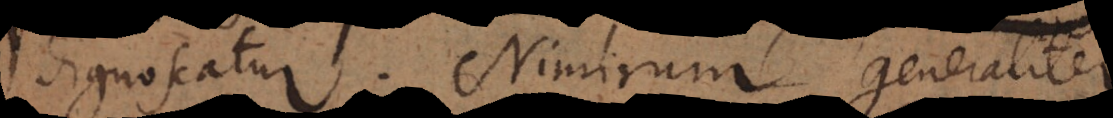
dignoscatur. Nimirum generaliter